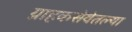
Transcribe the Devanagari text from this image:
ग्राहकसेवेतल्या